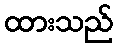
ထားသည်